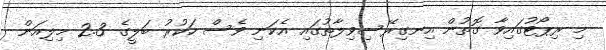
މި ރިޕޯޓުގައިވާ ގޮތުން އިނގިރޭސިވިލާތުގައި އެކަނި ވެސް ހަކުރު ބަލީގެ 2.3 މިލިއަން